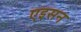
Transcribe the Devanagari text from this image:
एइसन